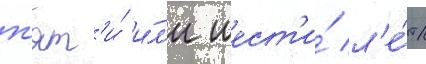
п'ят'и́ и́л'и шест'и́ л'е́т